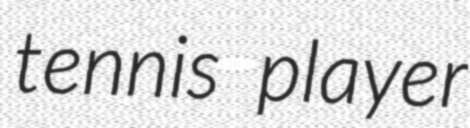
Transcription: tennis player